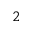
^ { 2 }